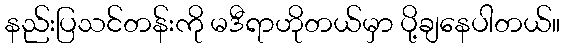
နည်းပြသင်တန်းကို မဒီရာဟိုတယ်မှာ ပို့ချနေပါတယ်။